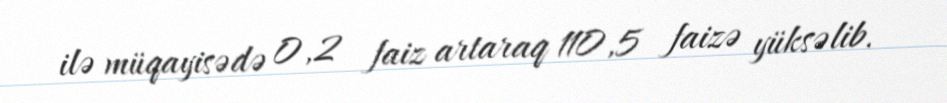
ilə müqayisədə 0,2 faiz artaraq 110,5 faizə yüksəlib.